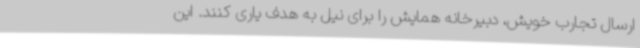
ارسال تجارب خویش، دبیرخانه همایش را برای نیل به هدف یاری کنند. این